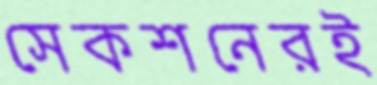
সেকশনেরই